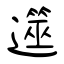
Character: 遾